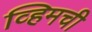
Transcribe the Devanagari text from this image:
व्हिमची